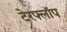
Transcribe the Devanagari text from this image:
टेरफ्लॉप